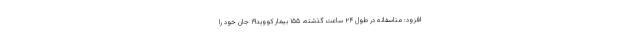
افزود: متاسفانه در طول ۲۴ ساعت گذشته، ۱۵۵ بیمار کووید۱۹ جان خود را